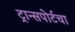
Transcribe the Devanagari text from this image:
ट्रान्सपोर्टचा